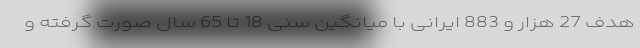
هدف 27 هزار و 883 ایرانی با میانگین سنی 18 تا 65 سال صورت گرفته و